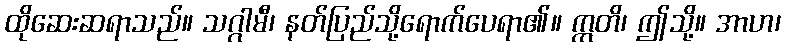
ထိုဆေးဆရာသည်။ သဂ္ဂါမီ၊ နတ်ပြည်သို့ရောက်ပေရာ၏။ ဣတိ၊ ဤသို့။ အာဟ၊